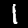
Digit: 1